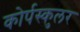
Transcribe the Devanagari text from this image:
कोर्पस्कुलर